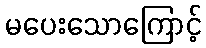
မပေးသောကြောင့်